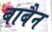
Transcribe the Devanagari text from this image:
बाबैन